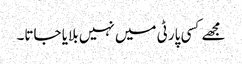
مجھے کسی پارٹی میں نہیں بلایا جاتا۔